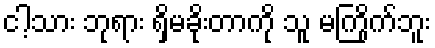
ငါ့သား ဘုရား ရှိမခိုးတာကို သူ မကြိုက်ဘူး